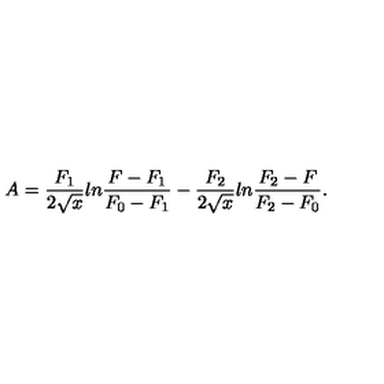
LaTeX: A = \frac { F _ { 1 } } { 2 \sqrt { x } } l n \frac { F - F _ { 1 } } { F _ { 0 } - F _ { 1 } } - \frac { F _ { 2 } } { 2 \sqrt { x } } l n \frac { F _ { 2 } - F } { F _ { 2 } - F _ { 0 } } .